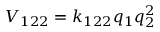
V _ { 1 2 2 } = k _ { 1 2 2 } q _ { 1 } q _ { 2 } ^ { 2 }